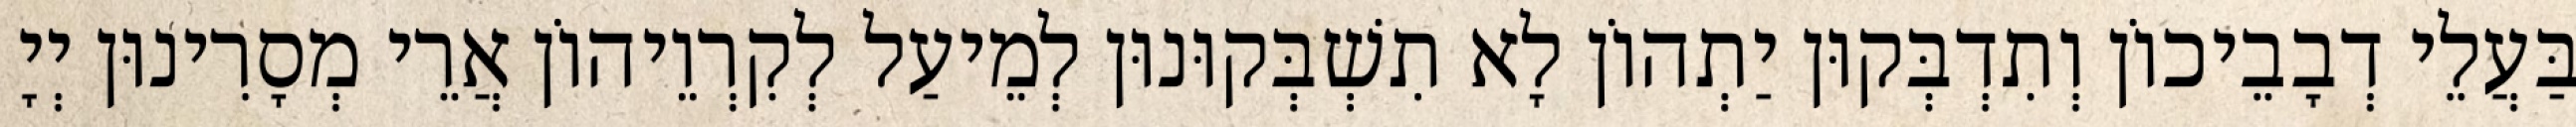
בַּעֲלֵי דְבָבֵיכוֹן וְתִדְבְּקוּן יַתְהוֹן לָא תִשְׁבְּקוּנוּן לְמֵיעַל לְקִרְוֵיהוֹן אֲרֵי מְסָרִינוּן יְיָ